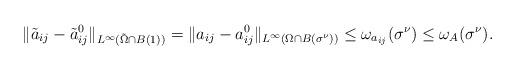
LaTeX: \begin{align*}\|\tilde{a}_{ij}-\tilde{a}^{0}_{ij}\|_{L^{\infty}(\tilde{\Omega}\cap B(1))}=\|a_{ij}-a^{0}_{ij}\|_{L^{\infty}(\Omega\cap B(\sigma^{\nu}))}\leq\omega_{a_{ij}}(\sigma^{\nu})\leq \omega_{A}(\sigma^{\nu}).\end{align*}